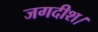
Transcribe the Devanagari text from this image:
जगदीश।